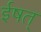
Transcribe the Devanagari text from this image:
ईषत्‌